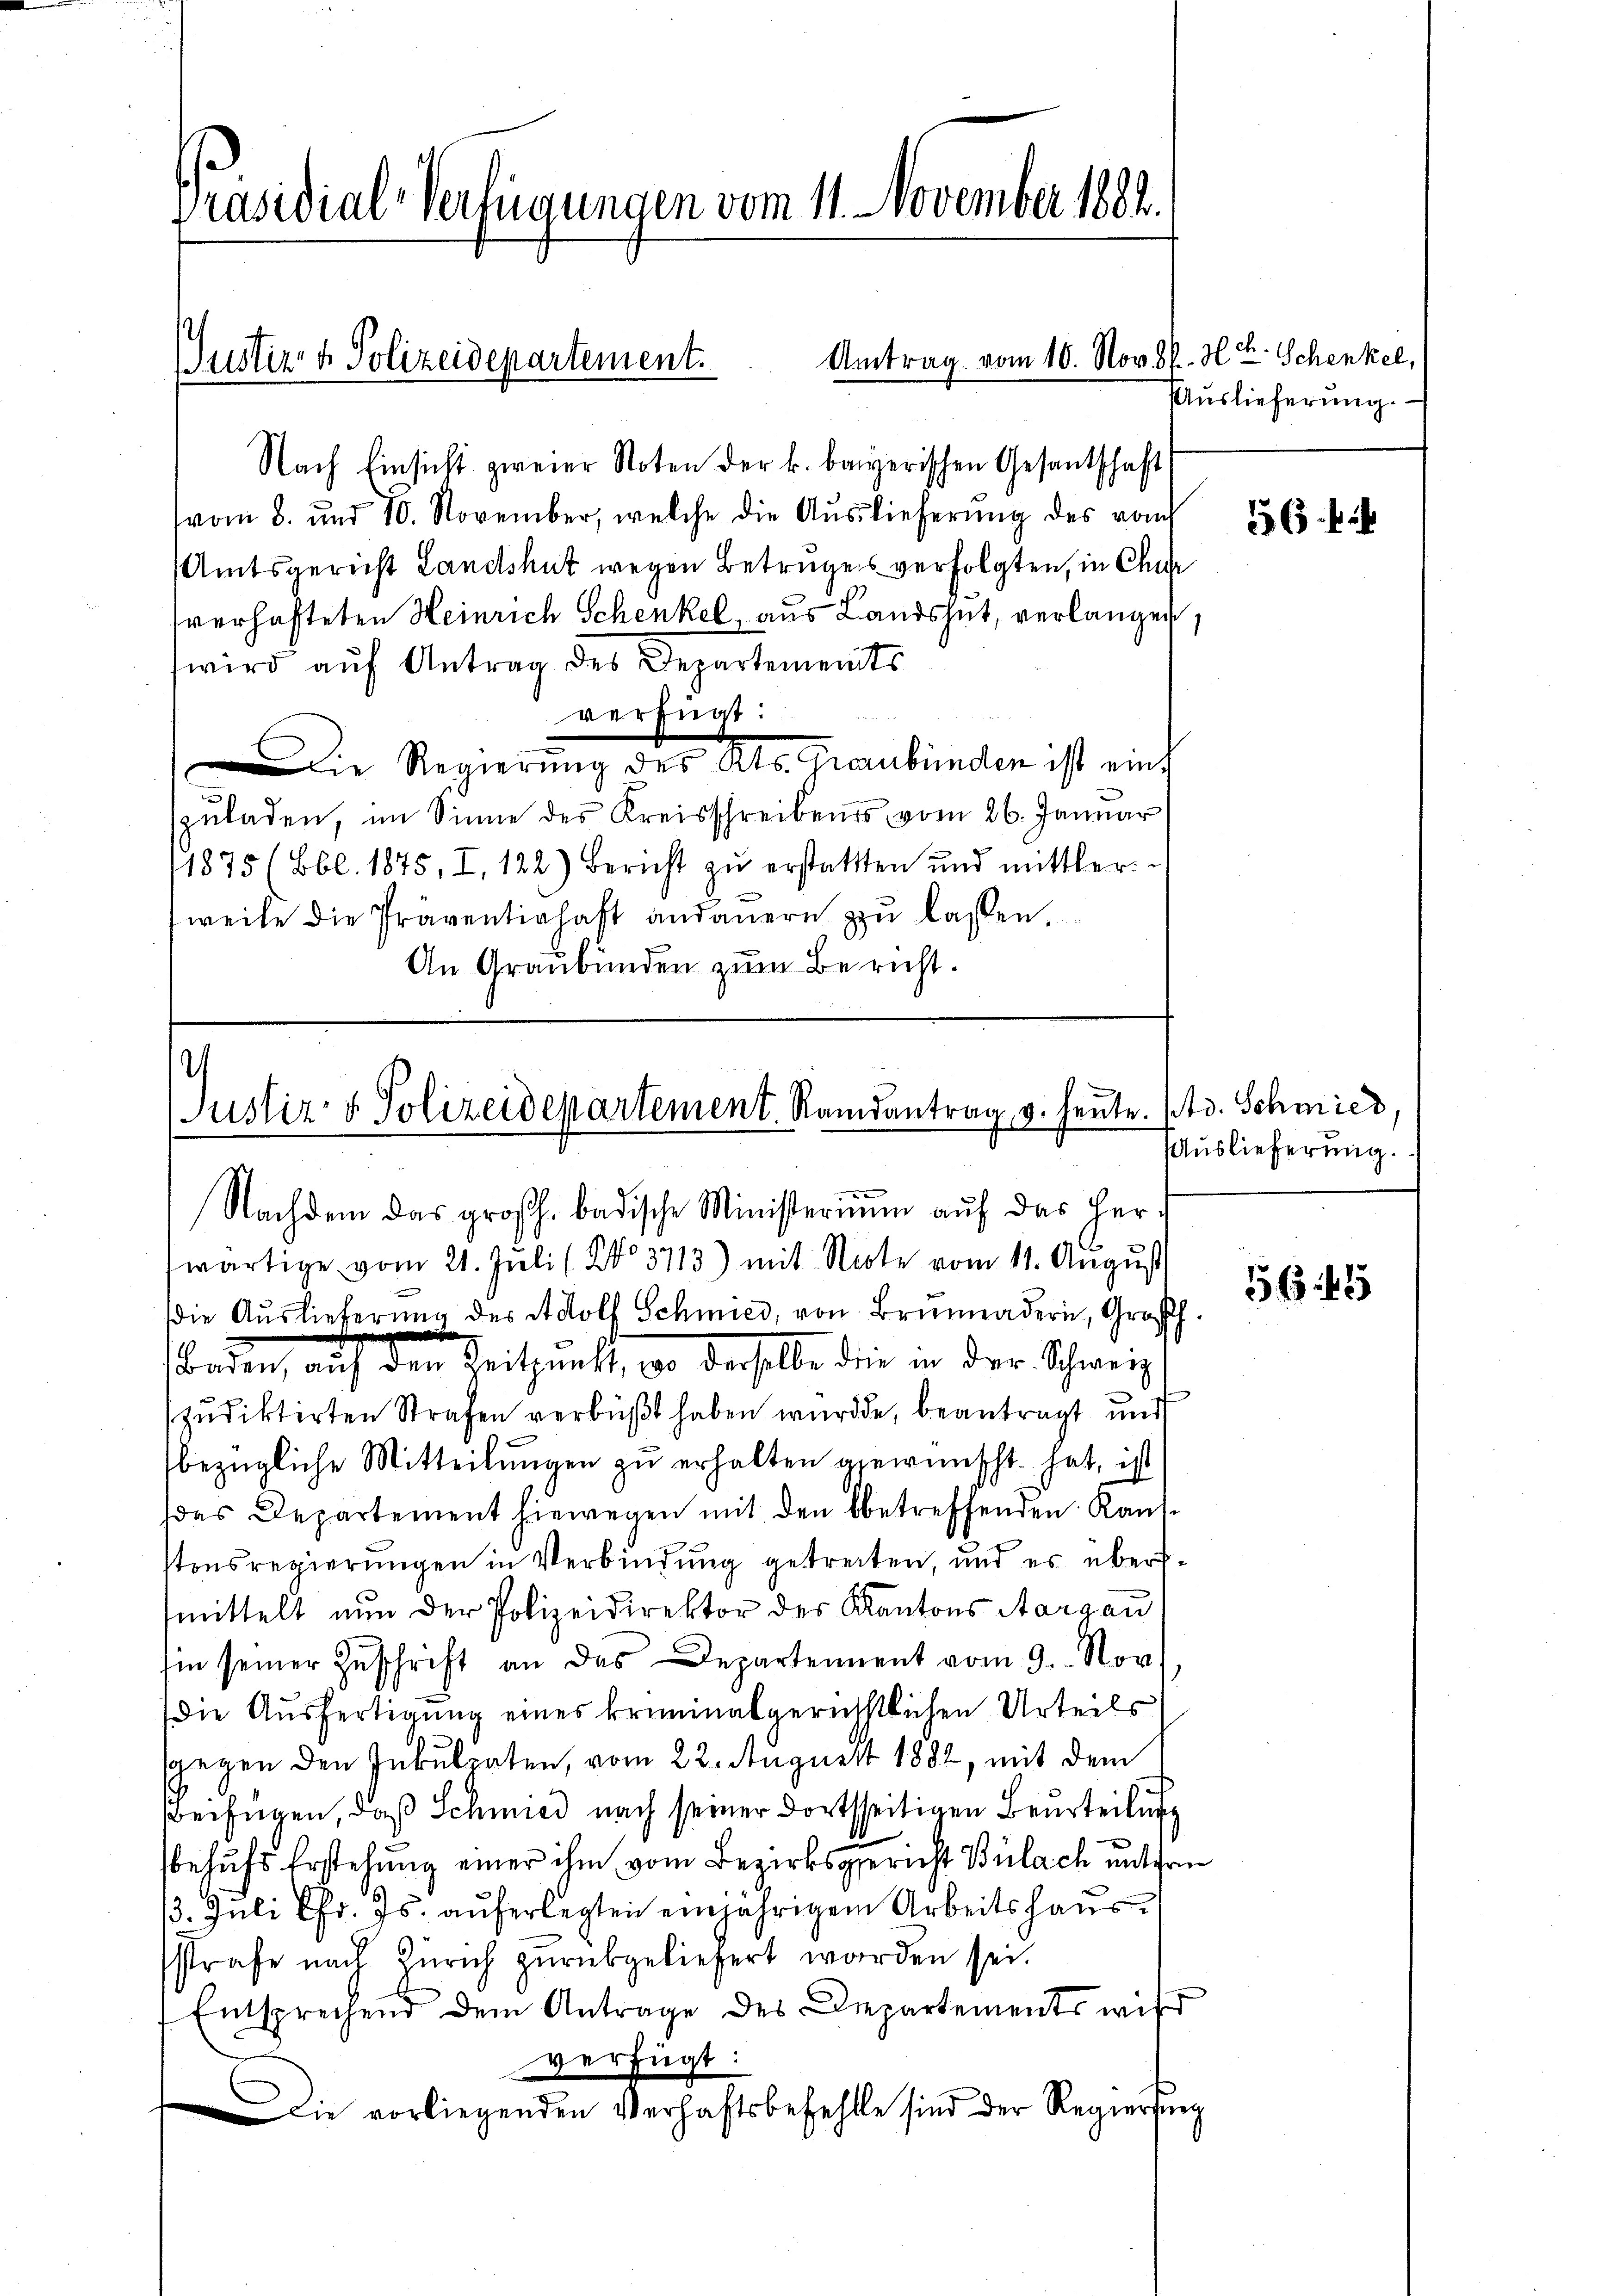
Präsidial-Verfügungen vom 11. November 1882.

Nach Einsicht zweier Noten der k. bayerischen Gesantschaft
vom 8. und 10. November, welche die Aŭslieferŭng des vom
Amtsgericht Landshut wegen Betrugens verfolgten, in Chur
sverhafteten Heinrich Schenkel, aus Landshut, verlangen
wird auf Antrag des Departements
verfügt:
Die Regierung des Kts. Graubünden ist eint
zŭladen, im Sinne des Kreisschreibens vom 26. Januar
1875 (Bbl. 1875, I, 122.) Bericht zŭ erstattten und mittler.
weile die Präventinhaft andauern zŭ lassen.
An Graubünden zum Bericht.

Justiz- & Polizeidepartement.

.
Justiz & Polizeidepartement Randantrag, v. heute.
e
Nachdem das großh. badische Ministerium auf das her-

wärtige vom 21. Juli (Ko 3713) mit Note vom 11. August
die Aŭslieferŭng des Adolf Schmied, von Brünnadern, Großh.
e
Baden, auf den Zeitpunkt, wo derselbe die in der Schweiz
zudiktirten Strafen verbüßt haben wurde, beantragt und
bezügliche Mitteilungen zu erhalten gewünscht hat, ist
das Departement hiewegen mit den betreffenden Kaufstonsregierungen in Verbindung getreiten, und es übermittelt nun der Polizeidirektor des Kantons Aargau
sin seiner Zŭschrift an das Departement vom 9. Nov.
Die Ausfertigung eines kriminalgerichstlichen Urteils
sgegen den Inkulpaten, vom 22. August 1882, mit dem
beifügen, daß Schmied nach seiner dortsseitigen Beurteilung
behufs Erstehung einer ihm vom Bezirksgericht Bülach unterm
3. Juli Chr. Js. auferlegten einjährigem Arbeitshaussstrafe nach Zürich zurükgeliefert worden sei.
Entsprechend dem Antrage des Departements wird
verfügt:
Die vorliegenden Verhaftsbefehlte sind der Regierung

Antrag vom 10. Novbr. H. H. Schenkel,

Auslieferung.

56

Ad. Schmied
Auslieferung.

5645